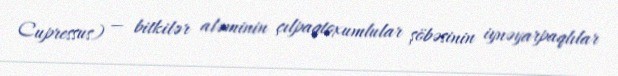
Cupressus) — bitkilər aləminin çılpaqtoxumlular şöbəsinin i̇ynəyarpaqlılar